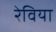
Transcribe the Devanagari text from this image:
रेविया